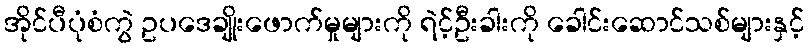
အိုင်ပီပုံစံကွဲ ဥပဒေချိုးဖောက်မှုများကို ရဲင့်ဦးခါးကို ခေါင်းဆောင်သစ်များနှင့်